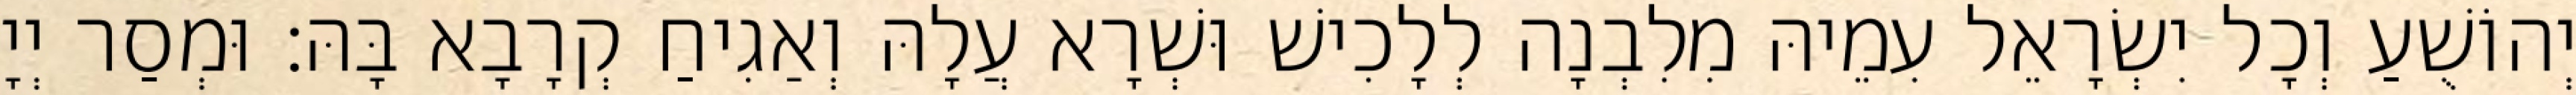
יְהוֹשֻׁעַ וְכָל יִשְׂרָאֵל עִמֵיהּ מִלִבְנָה לְלָכִישׁ וּשְׁרָא עֲלָהּ וְאַגִיחַ קְרָבָא בָּהּ׃ וּמְסַר יְיָ